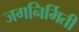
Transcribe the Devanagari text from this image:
जगनिर्मिती